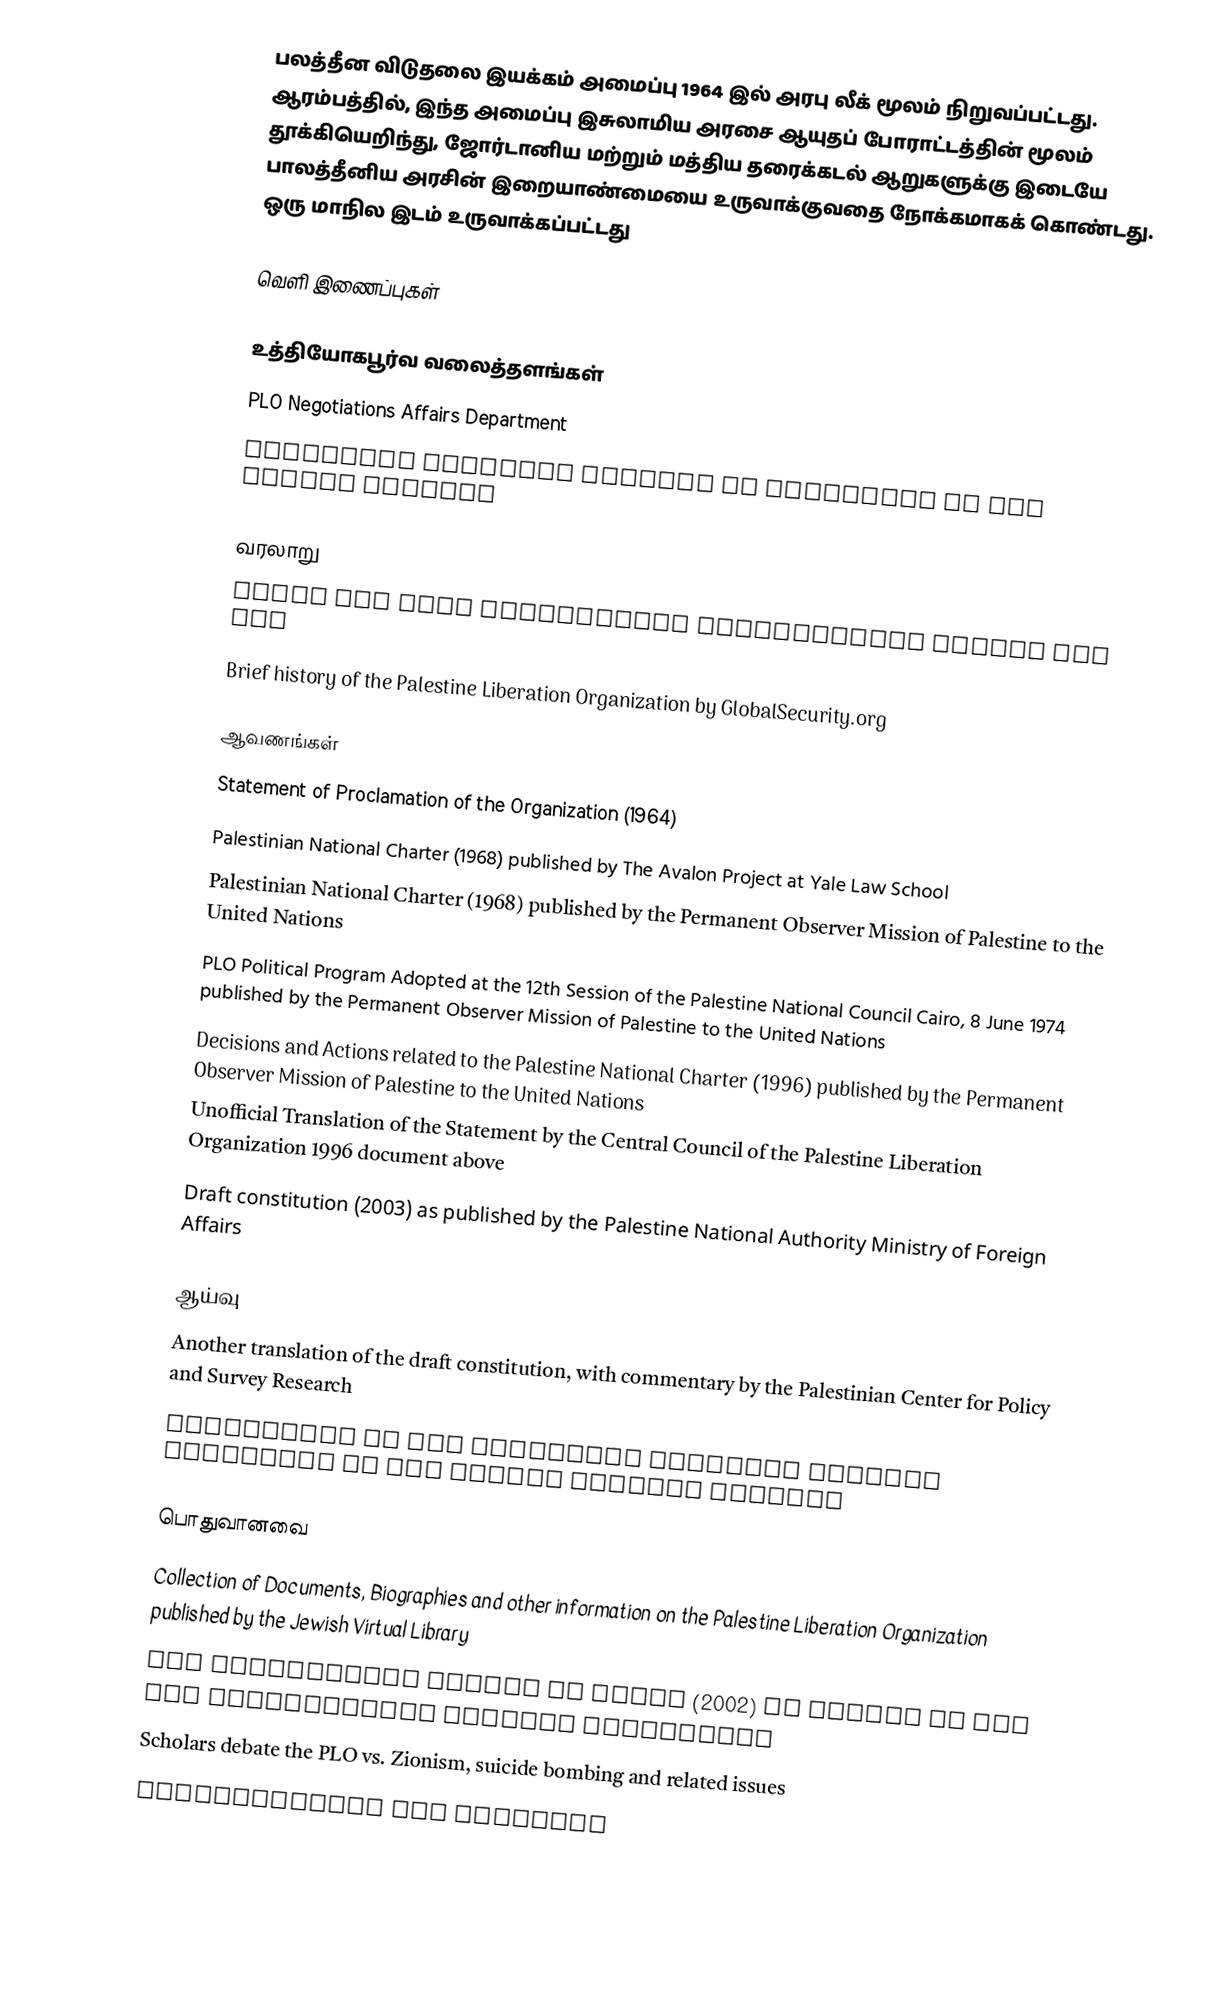
பலத்தீன விடுதலை இயக்கம் அமைப்பு 1964 இல் அரபு லீக் மூலம் நிறுவப்பட்டது. ஆரம்பத்தில், இந்த அமைப்பு இசுலாமிய அரசை ஆயுதப் போராட்டத்தின் மூலம் தூக்கியெறிந்து, ஜோர்டானிய மற்றும் மத்திய தரைக்கடல் ஆறுகளுக்கு இடையே பாலத்தீனிய அரசின் இறையாண்மையை உருவாக்குவதை நோக்கமாகக் கொண்டது. ஒரு மாநில இடம் உருவாக்கப்பட்டது

வெளி இணைப்புகள்

உத்தியோகபூர்வ வலைத்தளங்கள்
 PLO Negotiations Affairs Department
 Permanent Observer Mission of Palestine to the United Nations

வரலாறு
 Fatah the most significant organization within the PLO
 Brief history of the Palestine Liberation Organization by GlobalSecurity.org

ஆவணங்கள்
 Statement of Proclamation of the Organization (1964)
 Palestinian National Charter (1968)  published by The Avalon Project  at Yale Law School
 Palestinian National Charter (1968)  published by the Permanent Observer Mission of Palestine to the United Nations
 PLO Political Program  Adopted at the 12th Session of the Palestine National Council Cairo, 8 June 1974 published by the Permanent Observer Mission of Palestine to the United Nations
 Decisions and Actions related to the Palestine National Charter (1996)  published by the Permanent Observer Mission of Palestine to the United Nations
 Unofficial Translation  of the Statement by the Central Council of the Palestine Liberation Organization 1996 document above
 Draft constitution (2003)  as published by the Palestine National Authority Ministry of Foreign Affairs

ஆய்வு
 Another translation  of the draft constitution, with commentary by the Palestinian Center for Policy and Survey Research
 Commentary on the Palestine National Charter published by the Jewish Virtual Library

பொதுவானவை
 Collection of Documents, Biographies and other information on the Palestine Liberation Organization published by the Jewish Virtual Library
 The Palestinian Vision of Peace (2002)  as stated by the PLO Negotiations Affairs Department
 Scholars debate the PLO vs. Zionism, suicide bombing and related issues
 Understanding the Palestin